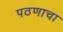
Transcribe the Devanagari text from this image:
पठणाचा